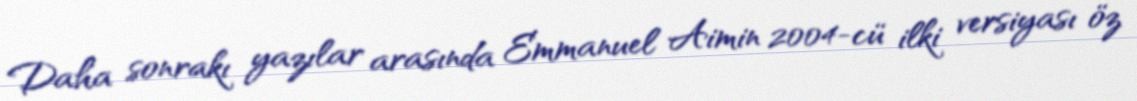
Daha sonrakı yazılar arasında Emmanuel Aimin 2004-cü ilki versiyası öz